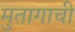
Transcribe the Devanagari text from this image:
मुतागाची